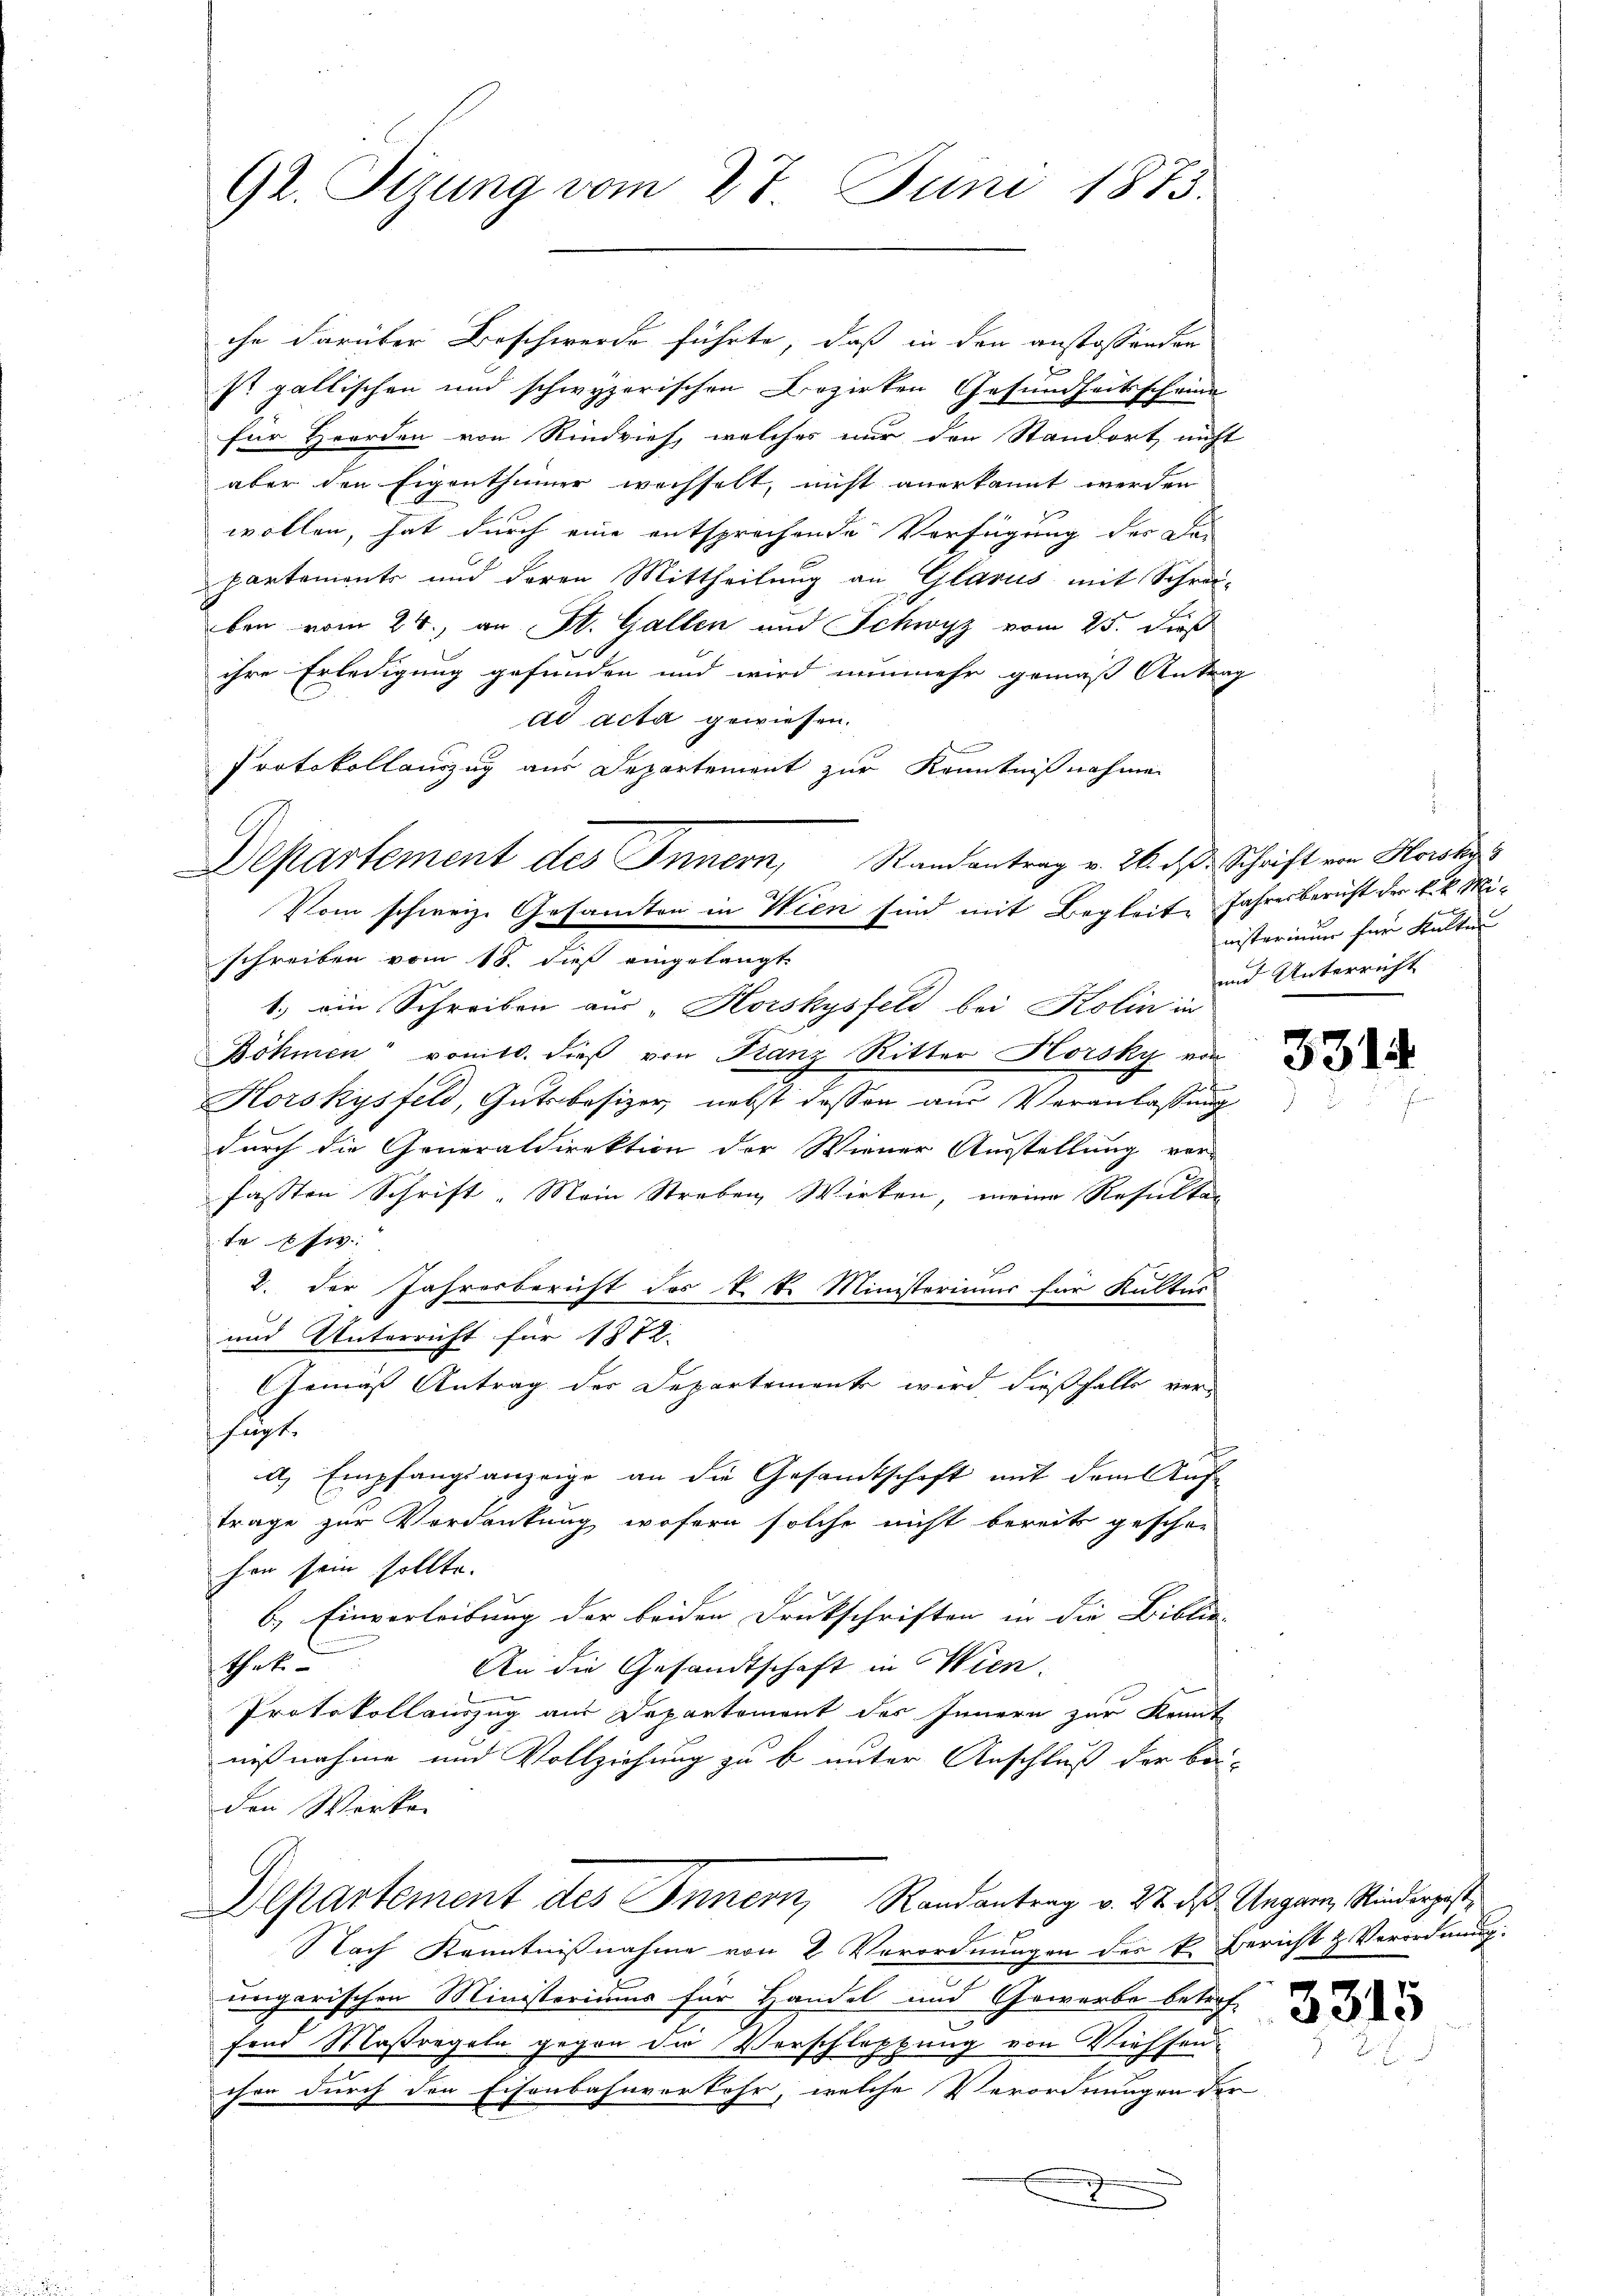
92. Sizung vom 27. Juni 1873.

schreiben vom 18. dieß eingelangt.
1.) ein Schreiben aus „Horskysfeld bei Kolin in
Böhmen vonitt. dieß von Franz Ritter Horsky von
Korskysfeld, Gutsbesizer, nebst dessen aus Veranlassung
durch die Generaldirektion der Wiener Ausstellung vor-
fassten Schrift. Main Streben, Wirken, meine Resultan
tesw
u
2. der Jahresbericht des k. k. Ministoriums für Kultur
und Unterricht für 1872
Gemäß Antrag der Departemente wird dießfalls ver-
hupt.
a. Empfangsanzeige an die Gesandtschaft mit dem Auf-
träge zur Vordankung wofern solche nicht bereits geschen
hen sein sollte.
b.) Einverleibung der beiden Druckschriften in die Biblio-
hete
An die Gesandtschaft in Wien.
Protokollauszug aus Departement des Innern zur Kennt
nißnahme und Vollziehung zu b unter Anschluß der be-
den Werke
Departement des Inner, Randantrag v. 22. ds. Ungarn Kindergest
Nach Kenntnißnahme von 2 Verordnungen des k. Bericht & Verordnung.
ungarischen Ministeriums für Handel und Gewerbe betref-
fend Maßregeln gegen die Verschleppung von Wiessen
chen durch den Eisenbahnverkehr, welche Verordnungen de

Departement des Innern, Randantrag v. 26. d. Schrift von Howskys
Vom schweiz. Gesamten in Wien sind mit Begleite Jahresbericht der k. k. Mi¬

che darüber Beschwerde führte, daß in den anstossenden
st gallischen und schwyzerischen Bezirken Gesundheitsscheine
für Heerden von Rindvieh, welches nur den Standort nicht
aber den Eigenthümer wechselt, nicht anerkannt werden
wollen, hat durch eine entsprechende Verfügung des Das
partemente und deren Mittheilung an Glarus mit Schrei-
ben vom 24. an St. Gallen und Schwyz vom 25. dieß
ihre Erledigung gefunden und wird nunmehr gemäß Antrag
ad acta gewiesen.
Protokollauszug aus Departement zur Kenntnißnahmen

nisterinner für Kalten
und Unterricht

3314

e

3315